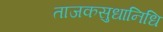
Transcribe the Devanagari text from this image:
ताजकसुधानिधि